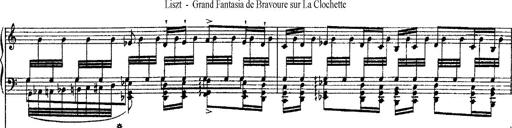
Title: Grande fantasie di bravura sur La clochette
Composer: Franz Liszt
Key: A minor